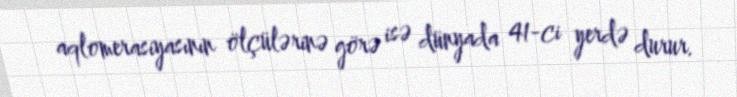
aqlomerasiyasının ölçülərinə görə isə dünyada 41-ci yerdə durur.